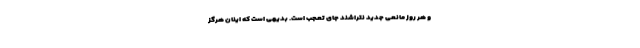
و هر روز مانعی جدید نتراشند جای تعجب است. بدیهی است که اینان هرگز